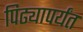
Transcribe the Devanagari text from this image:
पिढ्यापर्यंत